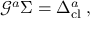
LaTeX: \mathcal { G } ^ { a } \Sigma = \Delta _ { \mathrm { c l } } ^ { a } \; ,